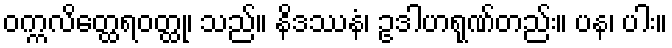
ဝက္ကလိတ္ထေရဝတ္ထု၊ သည်။ နိဒဿနံ၊ ဥဒါဟရုဏ်တည်း။ ပန၊ ပါး။